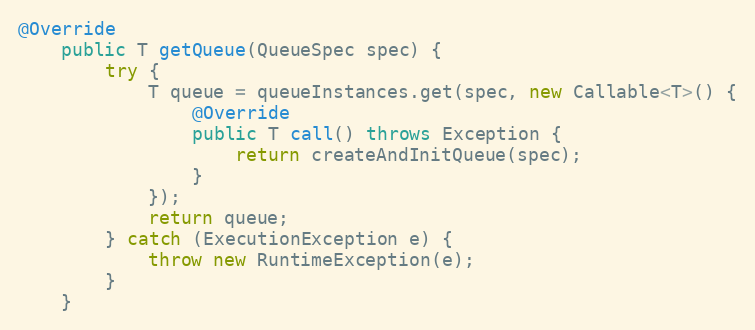
Language: Java
@Override
    public T getQueue(QueueSpec spec) {
        try {
            T queue = queueInstances.get(spec, new Callable<T>() {
                @Override
                public T call() throws Exception {
                    return createAndInitQueue(spec);
                }
            });
            return queue;
        } catch (ExecutionException e) {
            throw new RuntimeException(e);
        }
    }